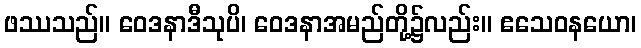
ဖဿသည်။ ဝေဒနာဒီသုပိ၊ ဝေဒနာအမည်တို့၌လည်း။ ဧသေဝနယော၊